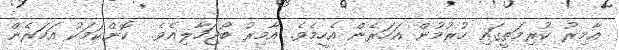
އާމިރު ކުރިމަތީގައި ހުރުމުން އަހަރެން އެހީމެވެ. އާމިރު ބޯޖަހާލިއެވެ.  ކޮންކަމަކު އަހަރެން